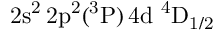
\mathrm { 2 s ^ { 2 } \, 2 p ^ { 2 } ( ^ { 3 } P ) \, 4 d ~ ^ { 4 } D _ { 1 / 2 } }